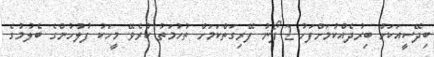
ބިދޭސީއަކަށް ބިރުދެއްކުމަށްފަހު 2 ފޯނު ފޭރިގަތްކަމަށް ތުހުމަތު ކުރެވޭ މީހަކު ފުލުހުންގެ ބެލުމުގެ